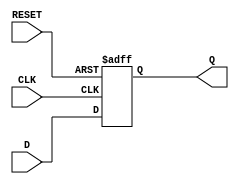
module d_flip_flop (
    input wire D,
    input wire CLK,
    input wire RESET,
    output reg Q
);

always @(posedge CLK or posedge RESET) begin
    if (RESET) begin
        Q <= 1'b0; // Asynchronously reset the flip-flop
    end else begin
        Q <= D; // Store the input data on positive clock edge
    end
end

endmodule